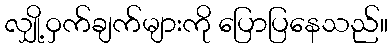
လျှို့ဝှက်ချက်များကို ပြောပြနေသည်။